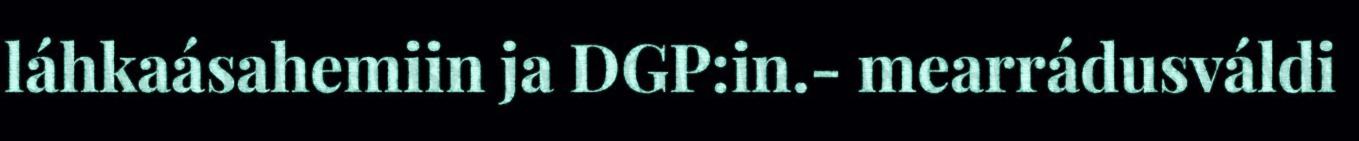
láhkaásahemiin ja DGP:in.- mearrádusváldi